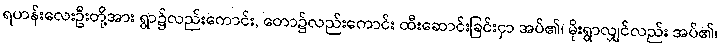
ရဟန်းလေးဦးတို့အား ရွာ၌လည်းကောင်း, တော၌လည်းကောင်း ထီးဆောင်းခြင်းငှာ အပ်၏၊ မိုးရွာလျှင်လည်း အပ်၏၊